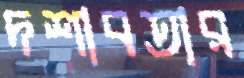
দশাবতার